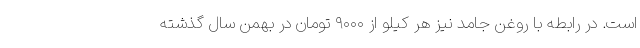
است. در رابطه با روغن جامد نیز هر کیلو از ۹۰۰۰ تومان در بهمن سال گذشته